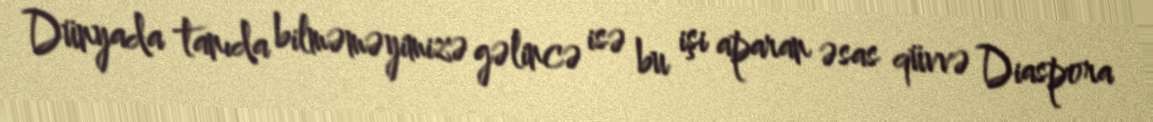
Dünyada tanıda bilməməyimizə gəlincə isə bu işi aparan əsas qüvvə Diaspora